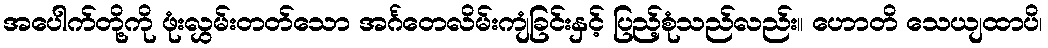
အပေါက်တို့ကို ဖုံးလွှမ်းတတ်သော အင်္ဂတေလိမ်းကျံခြင်းနှင့် ပြည့်စုံသည်လည်း။ ဟောတိ သေယျထာပိ၊